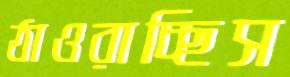
ঠাওরাচ্ছিস